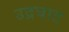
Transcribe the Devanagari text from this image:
उद्रघाट